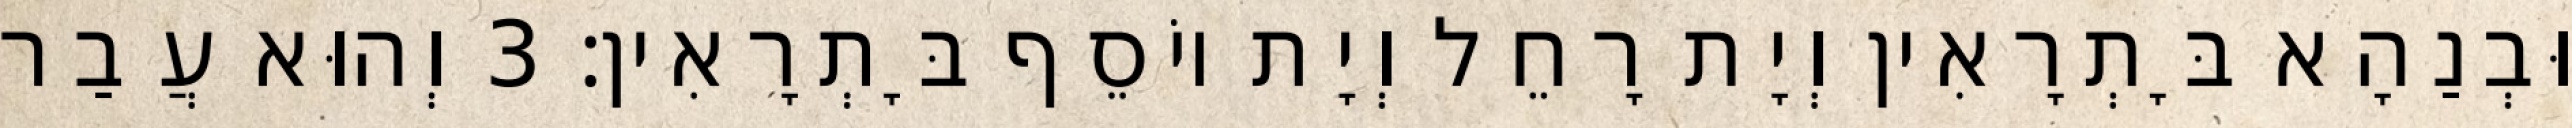
וּבְנַהָא בָּתְרָאִין וְיָת רָחֵל וְיָת יוֹסֵף בָּתְרָאִין׃ 3 וְהוּא עֲבַר